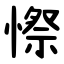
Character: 憏